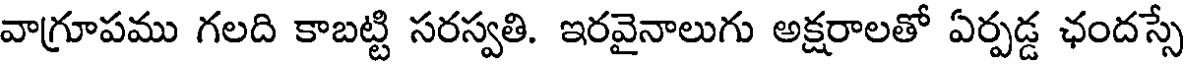
వాగ్రూపము గలది కాబట్టి సరస్వతి. ఇరవైనాలుగు అక్షరాలతో ఏర్పడ్డ ఛందస్సే